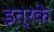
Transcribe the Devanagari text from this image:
इत्रके